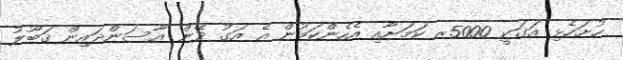
ހުށަހެޅި އަގަކީ 5000ރ ކަމަށާއި އެހެންކަމުން އެ އަގު ދޭން އާސަންދައިން ޤަބޫލު